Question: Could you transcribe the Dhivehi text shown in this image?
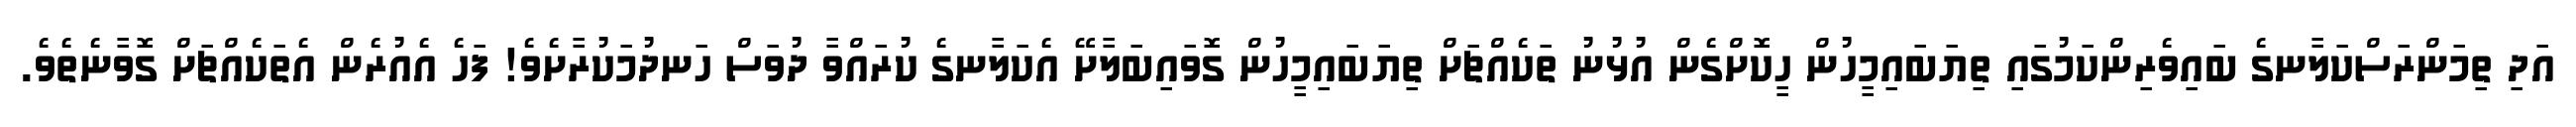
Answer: އަދި ތިމަންރަސްކަލާނގެ ބައިވެރިންކަމުގައި ތިޔަބައިމީހުން ހީކޮށްގެން އުޅުނު ތަކެއްޗަށް ތިޔަބައިމީހުން ގޮވައިބަލާށޭ އެކަލާނގެ ކުރައްވާ ދުވަސް ހަނދުމަކުރާށެވެ! ފަހެ އެއުރެން އެތަކެއްޗަށް ގޮވާނެތެވެ.